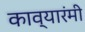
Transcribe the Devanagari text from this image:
काव्यारंमी